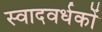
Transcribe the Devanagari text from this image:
स्वादवर्धकों